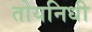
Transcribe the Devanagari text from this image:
तोयनिधी